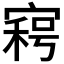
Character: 𡩸